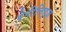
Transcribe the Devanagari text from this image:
ऐनीलिड्ज़